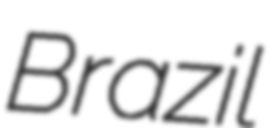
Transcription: Brazil